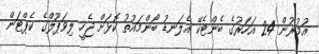
އުމުރުން 24 އަހަރުގެ ބެންޓެކޭ އެލަނޑު ބޯންމައުތު ކޮޅަށް ޖެހީ ލިވަޕޫލްގެ ކެޕްޓަން